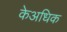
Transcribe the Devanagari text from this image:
केअधिक